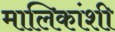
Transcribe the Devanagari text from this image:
मालिकांशी